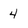
Character: 4